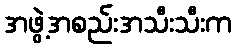
အဖွဲ့အစည်းအသီးသီးက